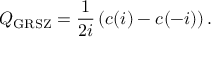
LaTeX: { \cal Q _ { \mathrm { G R S Z } } } = \frac { 1 } { 2 i } \left( c ( i ) - c ( - i ) \right) .